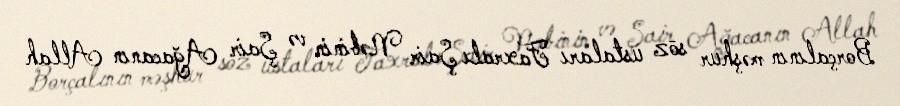
Borçalının məşhur söz ustaları Faxralı Şair Nəbinin və Şair Ağacanın Allah